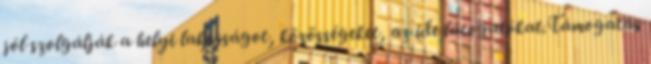
jól szolgálják a helyi lakosságot, közösségeket, az ide látogatókat.Támogatás